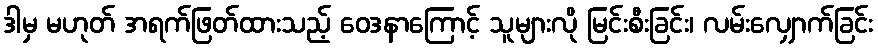
ဒါမှ မဟုတ် အရက်ဖြတ်ထားသည့် ဝေဒနာကြောင့် သူများလို မြင်းစီးခြင်း၊ လမ်းလျှောက်ခြင်း